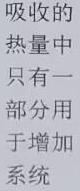
吸收的热量中只有一部分用于增加系统